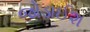
જોડાઈશ